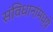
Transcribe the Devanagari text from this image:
संविधानांमध्ये